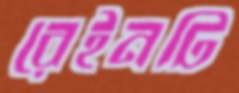
রেইনটি